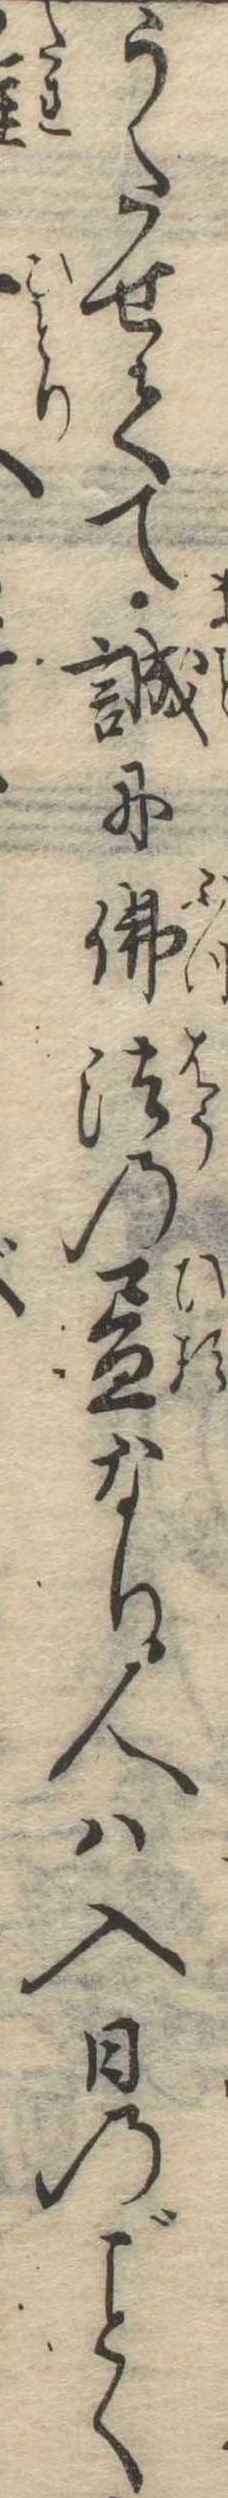
うたせてて誠に仏法の昼なり人は入日のく